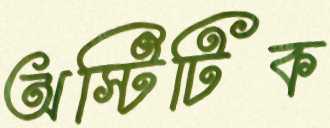
অস্টিটিক